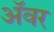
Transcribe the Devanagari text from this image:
अॅवर